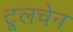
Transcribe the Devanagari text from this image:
टूलचेन